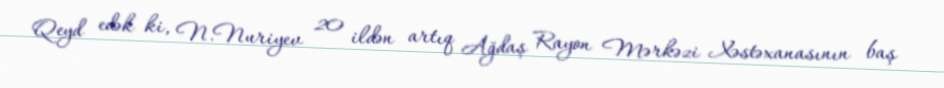
Qeyd edək ki, N.Nuriyev 20 ildən artıq Ağdaş Rayon Mərkəzi Xəstəxanasının baş